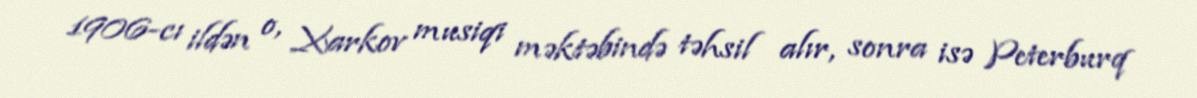
1906-cı ildən o, Xarkov musiqi məktəbində təhsil alır, sonra isə Peterburq